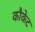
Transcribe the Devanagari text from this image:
कौकेट